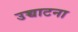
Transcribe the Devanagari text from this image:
उच्चाटना